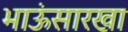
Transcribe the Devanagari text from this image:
भाऊंसारखा